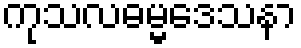
ကုသလဓမ္မဒေသနာ